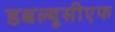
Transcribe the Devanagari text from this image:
डबल्यूसीएफ